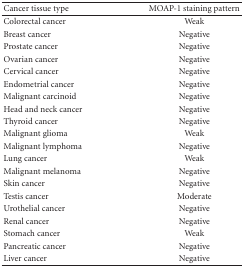
| Cancer tissue type | MOAP-1 staining pattern |
 | --- | --- |
 | Colorectal cancer | Weak |
 | Breast cancer | Negative |
 | Prostate cancer | Negative |
 | Ovarian cancer | Negative |
 | Cervical cancer | Negative |
 | Endometrial cancer | Negative |
 | Malignant carcinoid | Negative |
 | Head and neck cancer | Negative |
 | Thyroid cancer | Negative |
 | Malignant glioma | Weak |
 | Malignant lymphoma | Negative |
 | Lung cancer | Weak |
 | Malignant melanoma | Negative |
 | Skin cancer | Negative |
 | Testis cancer | Moderate |
 | Urothelial cancer | Negative |
 | Renal cancer | Negative |
 | Stomach cancer | Weak |
 | Pancreatic cancer | Negative |
 | Liver cancer | Negative |